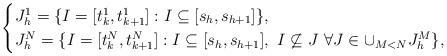
LaTeX: \begin{align*} \begin{cases} J_h^1 = \{I = [t_k^1,t_{k+1}^1]: I\subseteq [s_h, s_{h+1}]\},\\ J_h^N = \{I = [t_k^N,t_{k+1}^N]: I\subseteq [s_h, s_{h+1}],\ I\not\subseteq J\ \forall J\in\cup_{M < N} J_h^M\}, \end{cases} \end{align*}